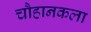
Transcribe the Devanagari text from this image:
चौहानकला